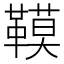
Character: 𩌧